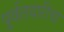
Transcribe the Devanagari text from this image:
पूर्वतयारीचा